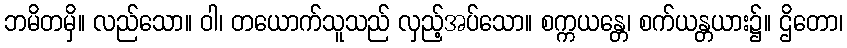
ဘမိတမှိ။ လည်သော။ ဝါ၊ တယောက်သူသည် လှည့်အပ်သော။ စက္ကယန္တေ၊ စက်ယန္တယား၌။ ဌိတော၊